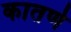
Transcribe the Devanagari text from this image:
कातणे